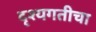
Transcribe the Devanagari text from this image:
दृश्यगतीचा